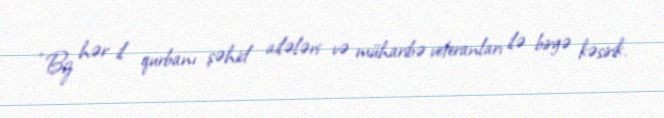
“Biz hər il qurbanı şəhid ailələri və müharibə veteranları ilə birgə kəsirik.